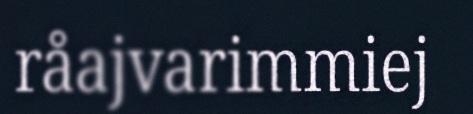
råajvarimmiej